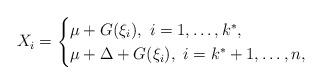
LaTeX: \begin{align*}X_i=\begin{cases}\mu +G(\xi_i), \ i=1, \ldots, k^*, \\\mu +\Delta +G(\xi_i), \ i=k^*+1, \ldots, n,\end{cases}\end{align*}